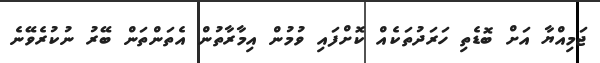
ޖަމިއްޔާ އަށް ބޮޑެތި ހަރަދުތަކެއް ކޮށްފައި ވުމުން އިމާރާތުން އެތަންތަން ބޭރު ނުކުރެވޭނެ